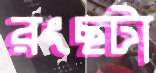
রংছটা